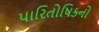
પારિતોષિકનો